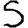
Digit: 5